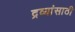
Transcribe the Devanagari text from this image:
द्रव्यांसाठी